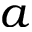
a